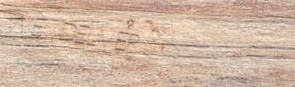
WE DELIVER